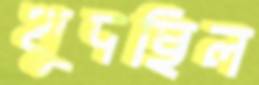
খুদছিল